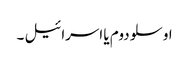
اوسلو دوم یا اسرائیل ۔